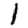
Digit: 1